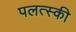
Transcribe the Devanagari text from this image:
पलत्स्की